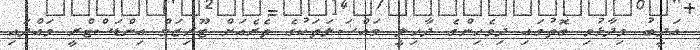
އަދީބު ވިދާޅުވި ގޮތުގައި ދިވެހިންގެ ދާހިލީ މައްސަލަތަކުގެ ތެރެއަށް ޓޫރިޒަމް އިންޑަަސްޓްރީ ވައްދައި